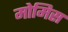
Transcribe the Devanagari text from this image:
मोमिस